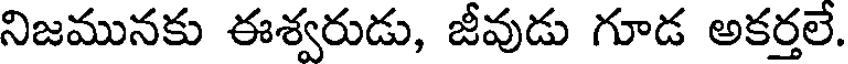
నిజమునకు ఈశ్వరుడు, జీవుడు గూడ అకర్తలే.